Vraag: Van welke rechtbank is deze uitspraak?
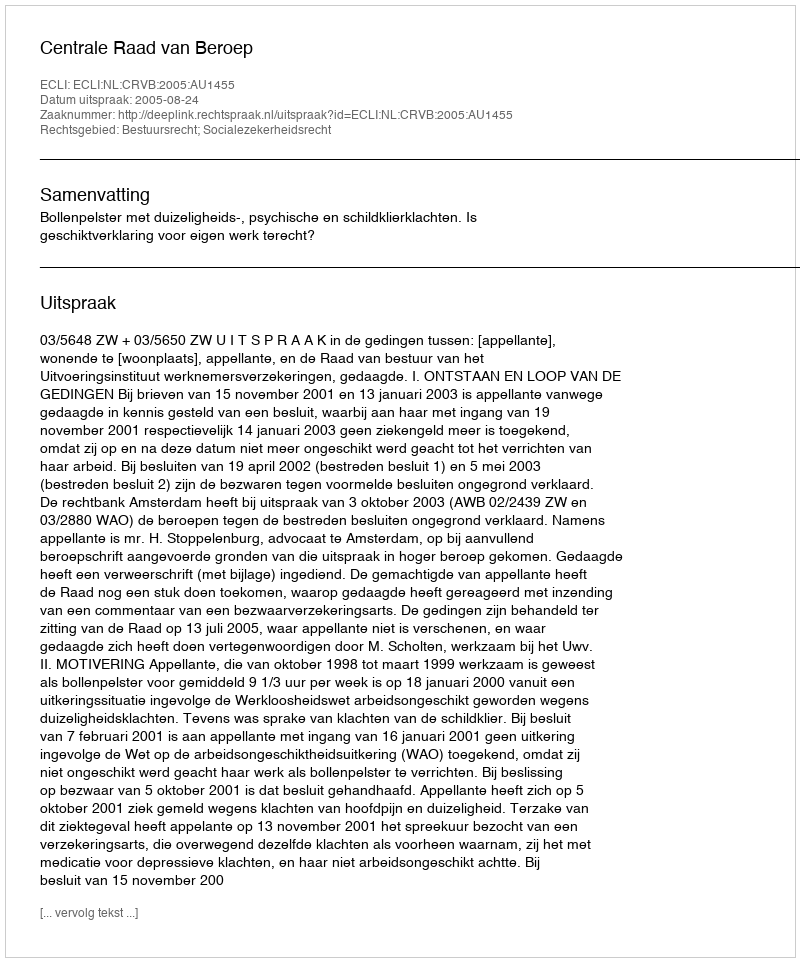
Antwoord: Centrale Raad van Beroep